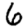
Digit: 6